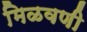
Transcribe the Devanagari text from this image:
मिळवणी